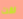
لقت